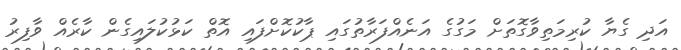
އަދި ގެޔާ ކުރިމަތިވާގޮތަށް މަގުގެ އަނެއްފަރާތުގައި ޕާކުކޮށްފައި އޮތް ކަޅުކުލައިގެން ކާރެއް ވާފިރު